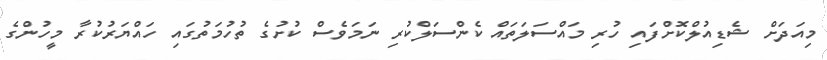
މިއަދަށް ޝެޑިއުލްކޮށްފައި ހުރި މައްސަލަތައް ކެންސަލްކުރި ނަމަވެސް ކުށުގެ ތުހުމަތުގައި ހައްޔަރުކުރާ މީހުންގެ